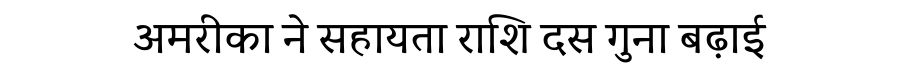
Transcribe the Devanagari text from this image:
अमरीका ने सहायता राशि दस गुना बढ़ाई